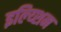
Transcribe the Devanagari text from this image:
इल्य्शिन